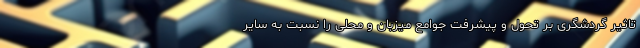
تاثیر گردشگری بر تحول و پیشرفت جوامع میزبان و محلی را نسبت به سایر